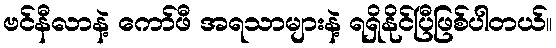
ဗင်နီလာနဲ့ ကော်ဖီ အရသာများနဲ့ ရရှိနိုင်ပြီဖြစ်ပါတယ်။